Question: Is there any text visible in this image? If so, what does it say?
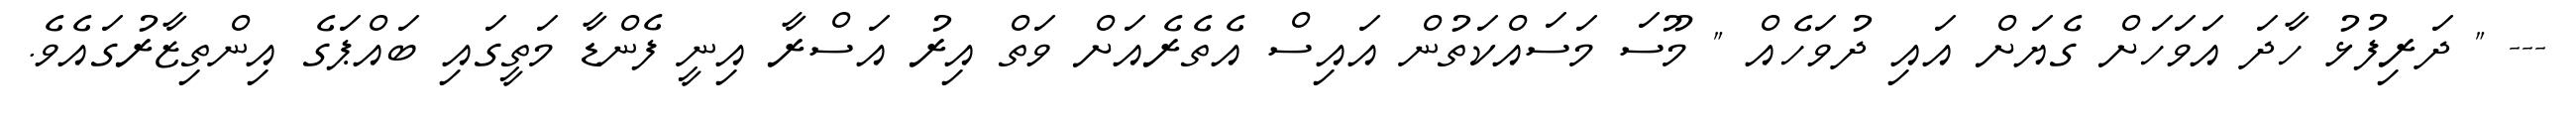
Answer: --- " ދަރިފުޅު ހާދަ އަވަހަށް ގެޔަށް އައި ދުވަހެއް " މޫސަ މަސައްކަތުން އައިސް އެތެރެއަށް ވަތް އިރު އަސްރާ އިނީ ފެންޑާ މަތީގައި ބައްޕަގެ އިންތިޒާރުގައެވެ.